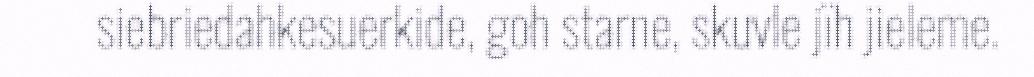
siebriedahkesuerkide, goh starne, skuvle jïh jieleme.